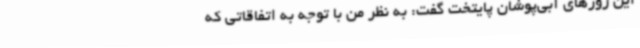
این روزهای آبی‌پوشان پایتخت گفت: به نظر من با توجه به اتفاقاتی که